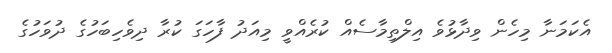
އެކަމަނާ މިހެން ވިދާޅުވެ އިލްތިމާސެއް ކުރެއްވީ މިއަދު ފާހަގަ ކުރާ ދިވެހިބަހުގެ ދުވަހުގެ